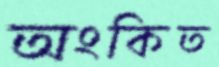
অংকিত